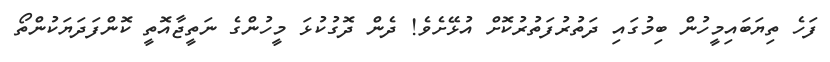
ފަހެ ތިޔަބައިމީހުން ބިމުގައި ދަތުރުފަތުރުކޮށް އުޅޭށެވެ! ދެން ދޮގުކުޅަ މީހުންގެ ނަތީޖާއޮތީ ކޮންފަދަޔަކުންތޯ